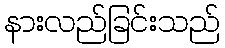
နားလည်ခြင်းသည်